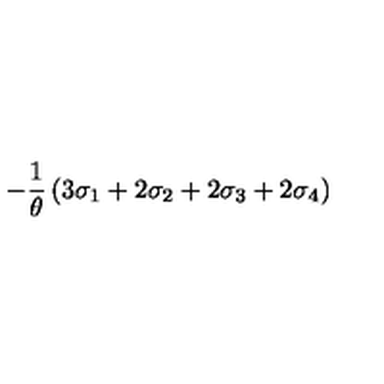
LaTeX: - \frac { 1 } { \theta } \left( 3 \sigma _ { 1 } + 2 \sigma _ { 2 } + 2 \sigma _ { 3 } + 2 \sigma _ { 4 } \right)